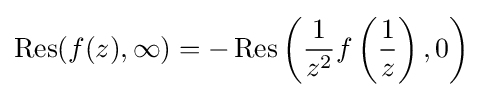
\operatorname {Res} (f(z),\infty )=-\operatorname {Res} \left({\frac {1}{z^{2}}}f\left({\frac {1}{z}}\right),0\right)